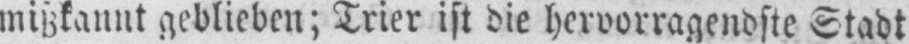
mißkannt geblieben; Trier ist die hervorragendste Stadt